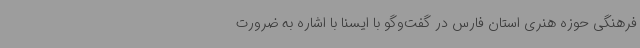
فرهنگی حوزه هنری استان فارس در گفت‌وگو با ایسنا با اشاره به ضرورت